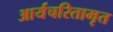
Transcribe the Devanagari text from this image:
आर्यचरितामृत